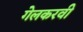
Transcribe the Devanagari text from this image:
गेलकरवी